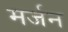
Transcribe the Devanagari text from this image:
मर्जन